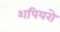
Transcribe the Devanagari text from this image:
शपियरो